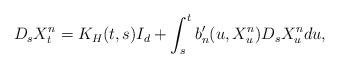
LaTeX: \begin{align*}D_s X_t^{n} = K_H(t,s) I_{d} + \int_s^t b_n'(u,X_u^{n})D_s X_u^{n} du, \end{align*}